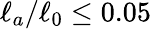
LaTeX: \ell_{a}/\ell_{0}\leq 0.05